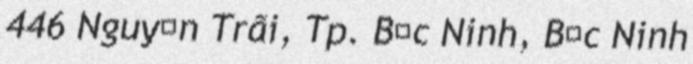
446 Nguyễn Trãi, Tp. Bắc Ninh, Bắc Ninh